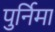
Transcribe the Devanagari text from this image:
पुर्निमा